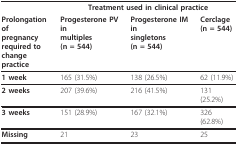
<table><thead><tr><td></td><td colspan="3"><b>Treatment used in clinical practice</b></td></tr><tr><td><b>Prolongation ofpregnancyrequired tochange practice</b></td><td><b>Progesterone PV inmultiples(n = 544)</b></td><td><b>Progesterone IM insingletons(n = 544)</b></td><td><b>Cerclage(n = 544)</b></td></tr></thead><tbody><tr><td><b>1 week</b></td><td>165 (31.5%)</td><td>138 (26.5%)</td><td>62 (11.9%)</td></tr><tr><td><b>2 weeks</b></td><td>207 (39.6%)</td><td>216 (41.5%)</td><td>131 (25.2%)</td></tr><tr><td><b>3 weeks</b></td><td>151 (28.9%)</td><td>167 (32.1%)</td><td>326 (62.8%)</td></tr><tr><td><b>Missing</b></td><td>21</td><td>23</td><td>25</td></tr></tbody></table>